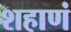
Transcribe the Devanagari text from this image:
शहाणं